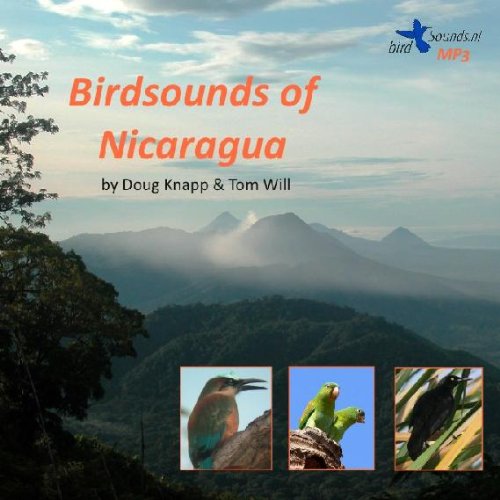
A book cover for Birdsounds of Nicaragua MP3, sounds and pictures; Doug Knapp; Travel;